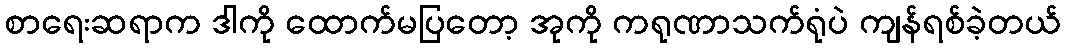
စာရေးဆရာက ဒါကို ထောက်မပြတော့ အုကို ကရုဏာသက်ရုံပဲ ကျန်ရစ်ခဲ့တယ်